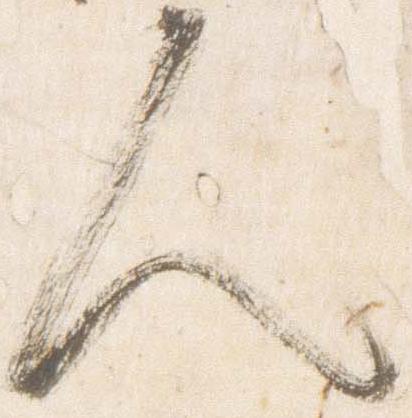
人